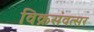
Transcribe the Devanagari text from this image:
विक्रसंवत्सर